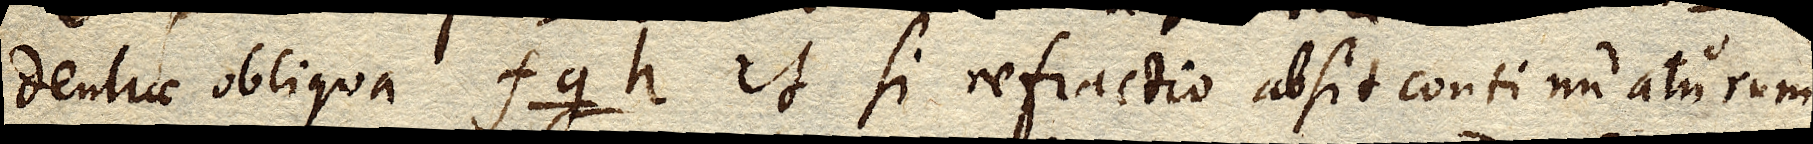
dentiae obliqua fgh. et si refractio absit continuaturum